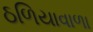
ઠળિયાવાળા